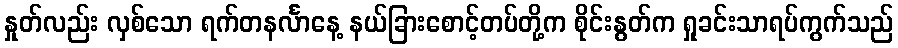
နှုတ်လည်း လှစ်သော ရက်တနင်္လာနေ့ နယ်ခြားစောင့်တပ်တို့က စိုင်းနွတ်က ရှုခင်းသာရပ်ကွက်သည်